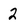
Character: 2